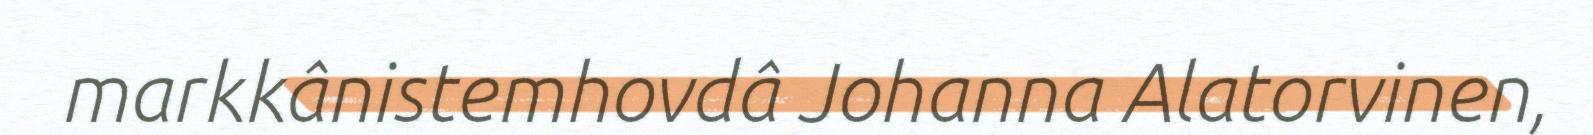
markkânistemhovdâ Johanna Alatorvinen,